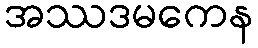
အဿဒမကေန